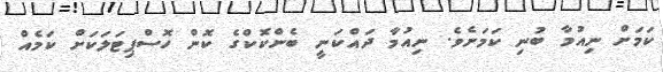
ކަމަށް ނިއުމާ ބުނި ކަމަށެވެ. ނިއުމާ ދައްކަނީ ބެންކޮކްގެ ކޮން ހޮސްޕިޓަލަކަށް ކަމެއް